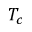
T _ { c }